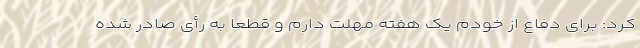
کرد: برای دفاع از خودم یک هفته مهلت دارم و قطعاً به رأی صادر شده